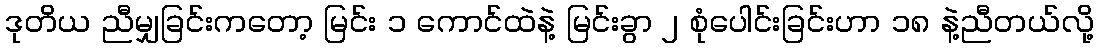
ဒုတိယ ညီမျှခြင်းကတော့ မြင်း ၁ ကောင်ထဲနဲ့ မြင်းခွာ ၂ စုံပေါင်းခြင်းဟာ ၁၈ နဲ့ညီတယ်လို့